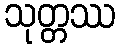
သုတ္တဿ